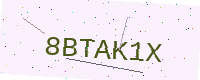
Text: 8BTAK1X